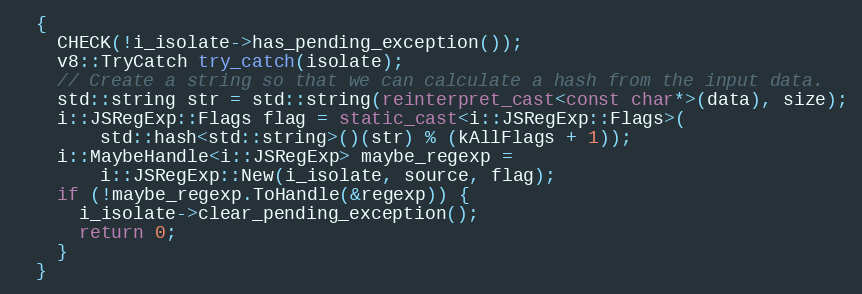
Language: C++
  {
    CHECK(!i_isolate->has_pending_exception());
    v8::TryCatch try_catch(isolate);
    // Create a string so that we can calculate a hash from the input data.
    std::string str = std::string(reinterpret_cast<const char*>(data), size);
    i::JSRegExp::Flags flag = static_cast<i::JSRegExp::Flags>(
        std::hash<std::string>()(str) % (kAllFlags + 1));
    i::MaybeHandle<i::JSRegExp> maybe_regexp =
        i::JSRegExp::New(i_isolate, source, flag);
    if (!maybe_regexp.ToHandle(&regexp)) {
      i_isolate->clear_pending_exception();
      return 0;
    }
  }